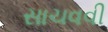
સાચવવી